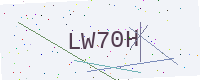
Text: LW70H